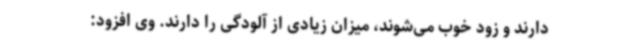
دارند و زود خوب می‌شوند، میزان زیادی از آلودگی را دارند. وی افزود: